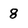
Character: 8